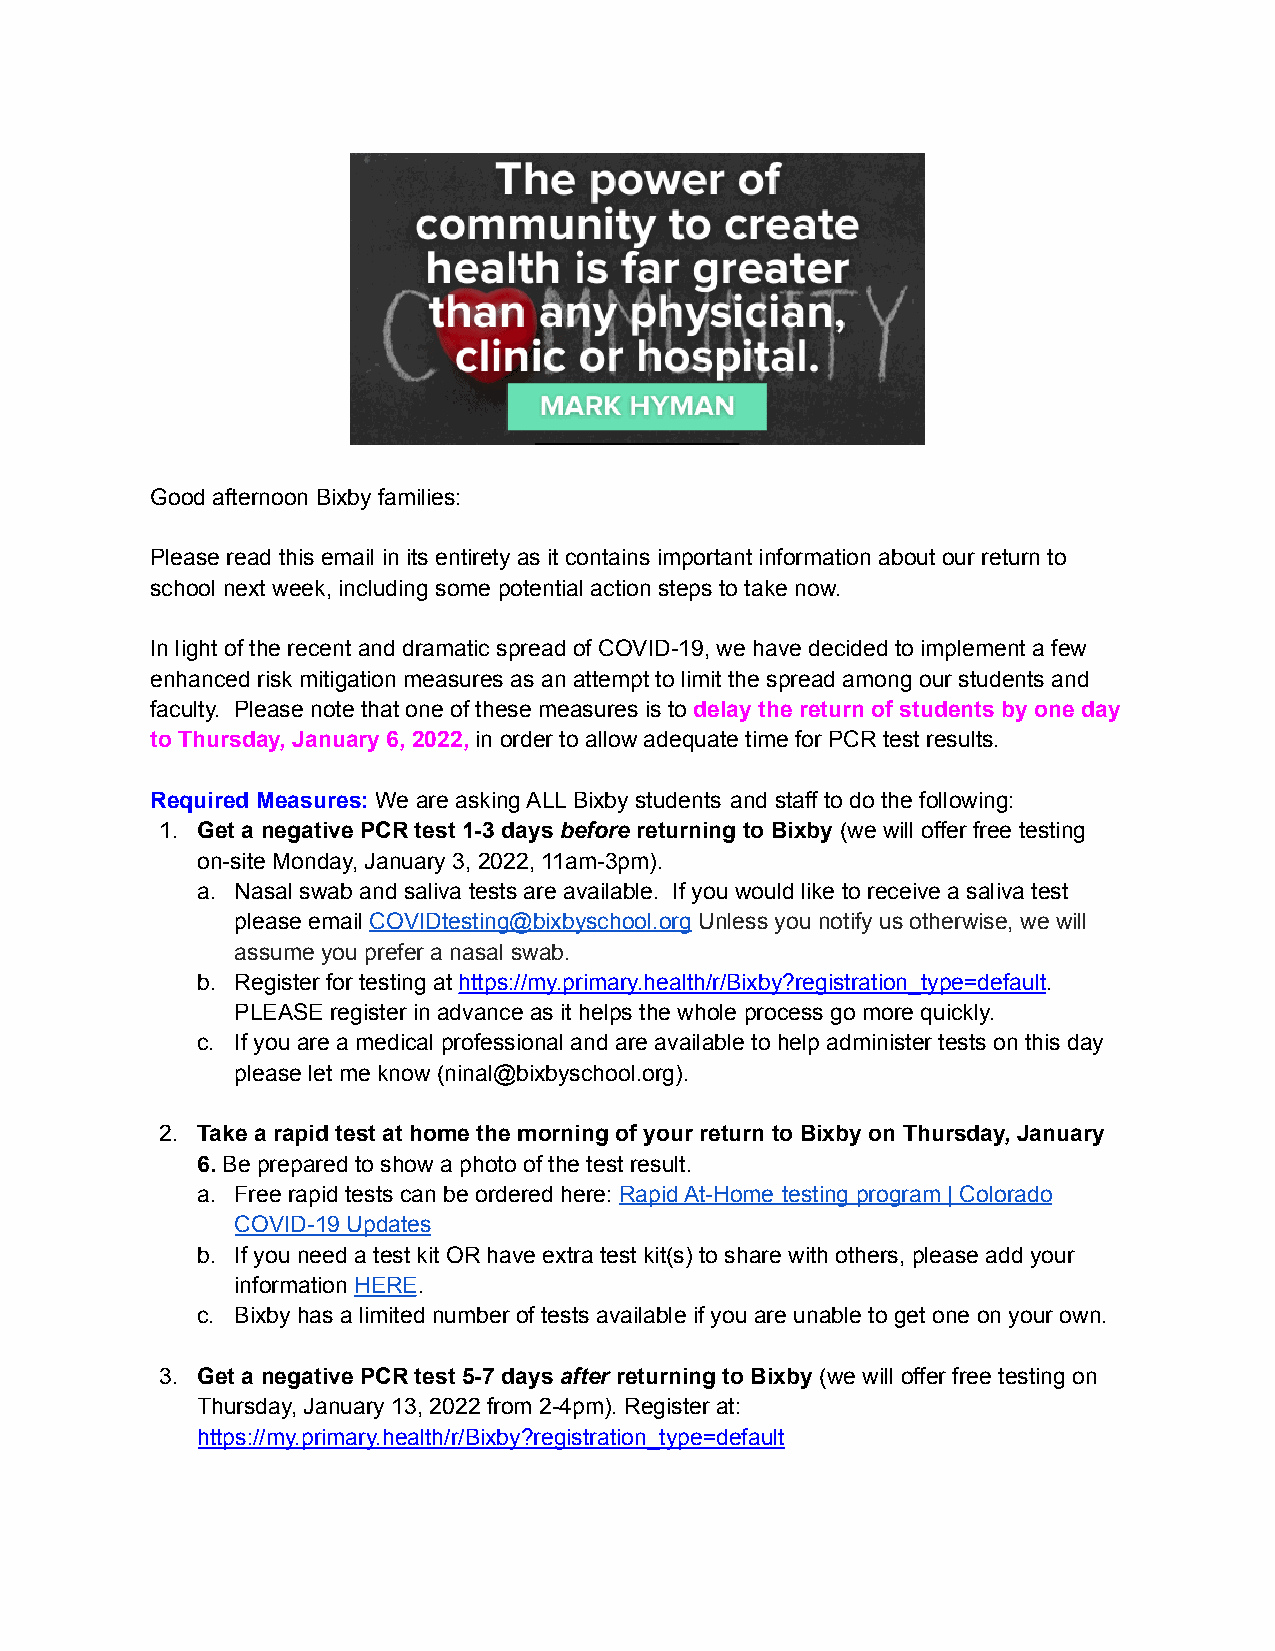
Good afternoon Bixby families:
 Please read this email in its entirety as it contains important information about our return to
 school next week, including some potential action steps to take now.
 In light of the recent and dramatic spread of COVID-19, we have decided to implement a few
 enhanced risk mitigation measures as an attempt to limit the spread among our students and
 faculty. Please note that one of these measures is to delay the return of students by one day
 to Thursday, January 6, 2022, in order to allow adequate time for PCR test results.
 Required Measures: We are asking ALL Bixby students and staff to do the following:
 1. Get a negative PCR test 1-3 days before returning to Bixby (we will offer free testing
 on-site Monday, January 3, 2022, 11am-3pm).
 a. Nasal swab and saliva tests are available. If you would like to receive a saliva test
 please email COVIDtesting@bixbyschool.org Unless you notify us otherwise, we will
 assume you prefer a nasal swab.
 b. Register for testing at https://my.primary.health/r/Bixby?registration_type=default.
 PLEASE register in advance as it helps the whole process go more quickly.
 c. If you are a medical professional and are available to help administer tests on this day
 please let me know (ninal@bixbyschool.org).
 2. Take a rapid test at home the morning of your return to Bixby on Thursday, January
 6. Be prepared to show a photo of the test result.
 a. Free rapid tests can be ordered here: Rapid At-Home testing program | Colorado
 COVID-19 Updates
 b. If you need a test kit OR have extra test kit(s) to share with others, please add your
 information HERE.
 c. Bixby has a limited number of tests available if you are unable to get one on your own.
 3. Get a negative PCR test 5-7 days after returning to Bixby (we will offer free testing on
 Thursday, January 13, 2022 from 2-4pm). Register at:
 https://my.primary.health/r/Bixby?registration_type=default